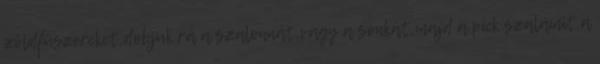
zöldfűszereket,dobjuk rá a szalonnát,vagy a sonkát,majd a pick szalámit,a